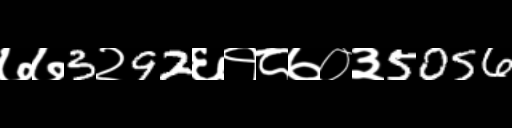
Text: ७७3२92६१८७०३5056